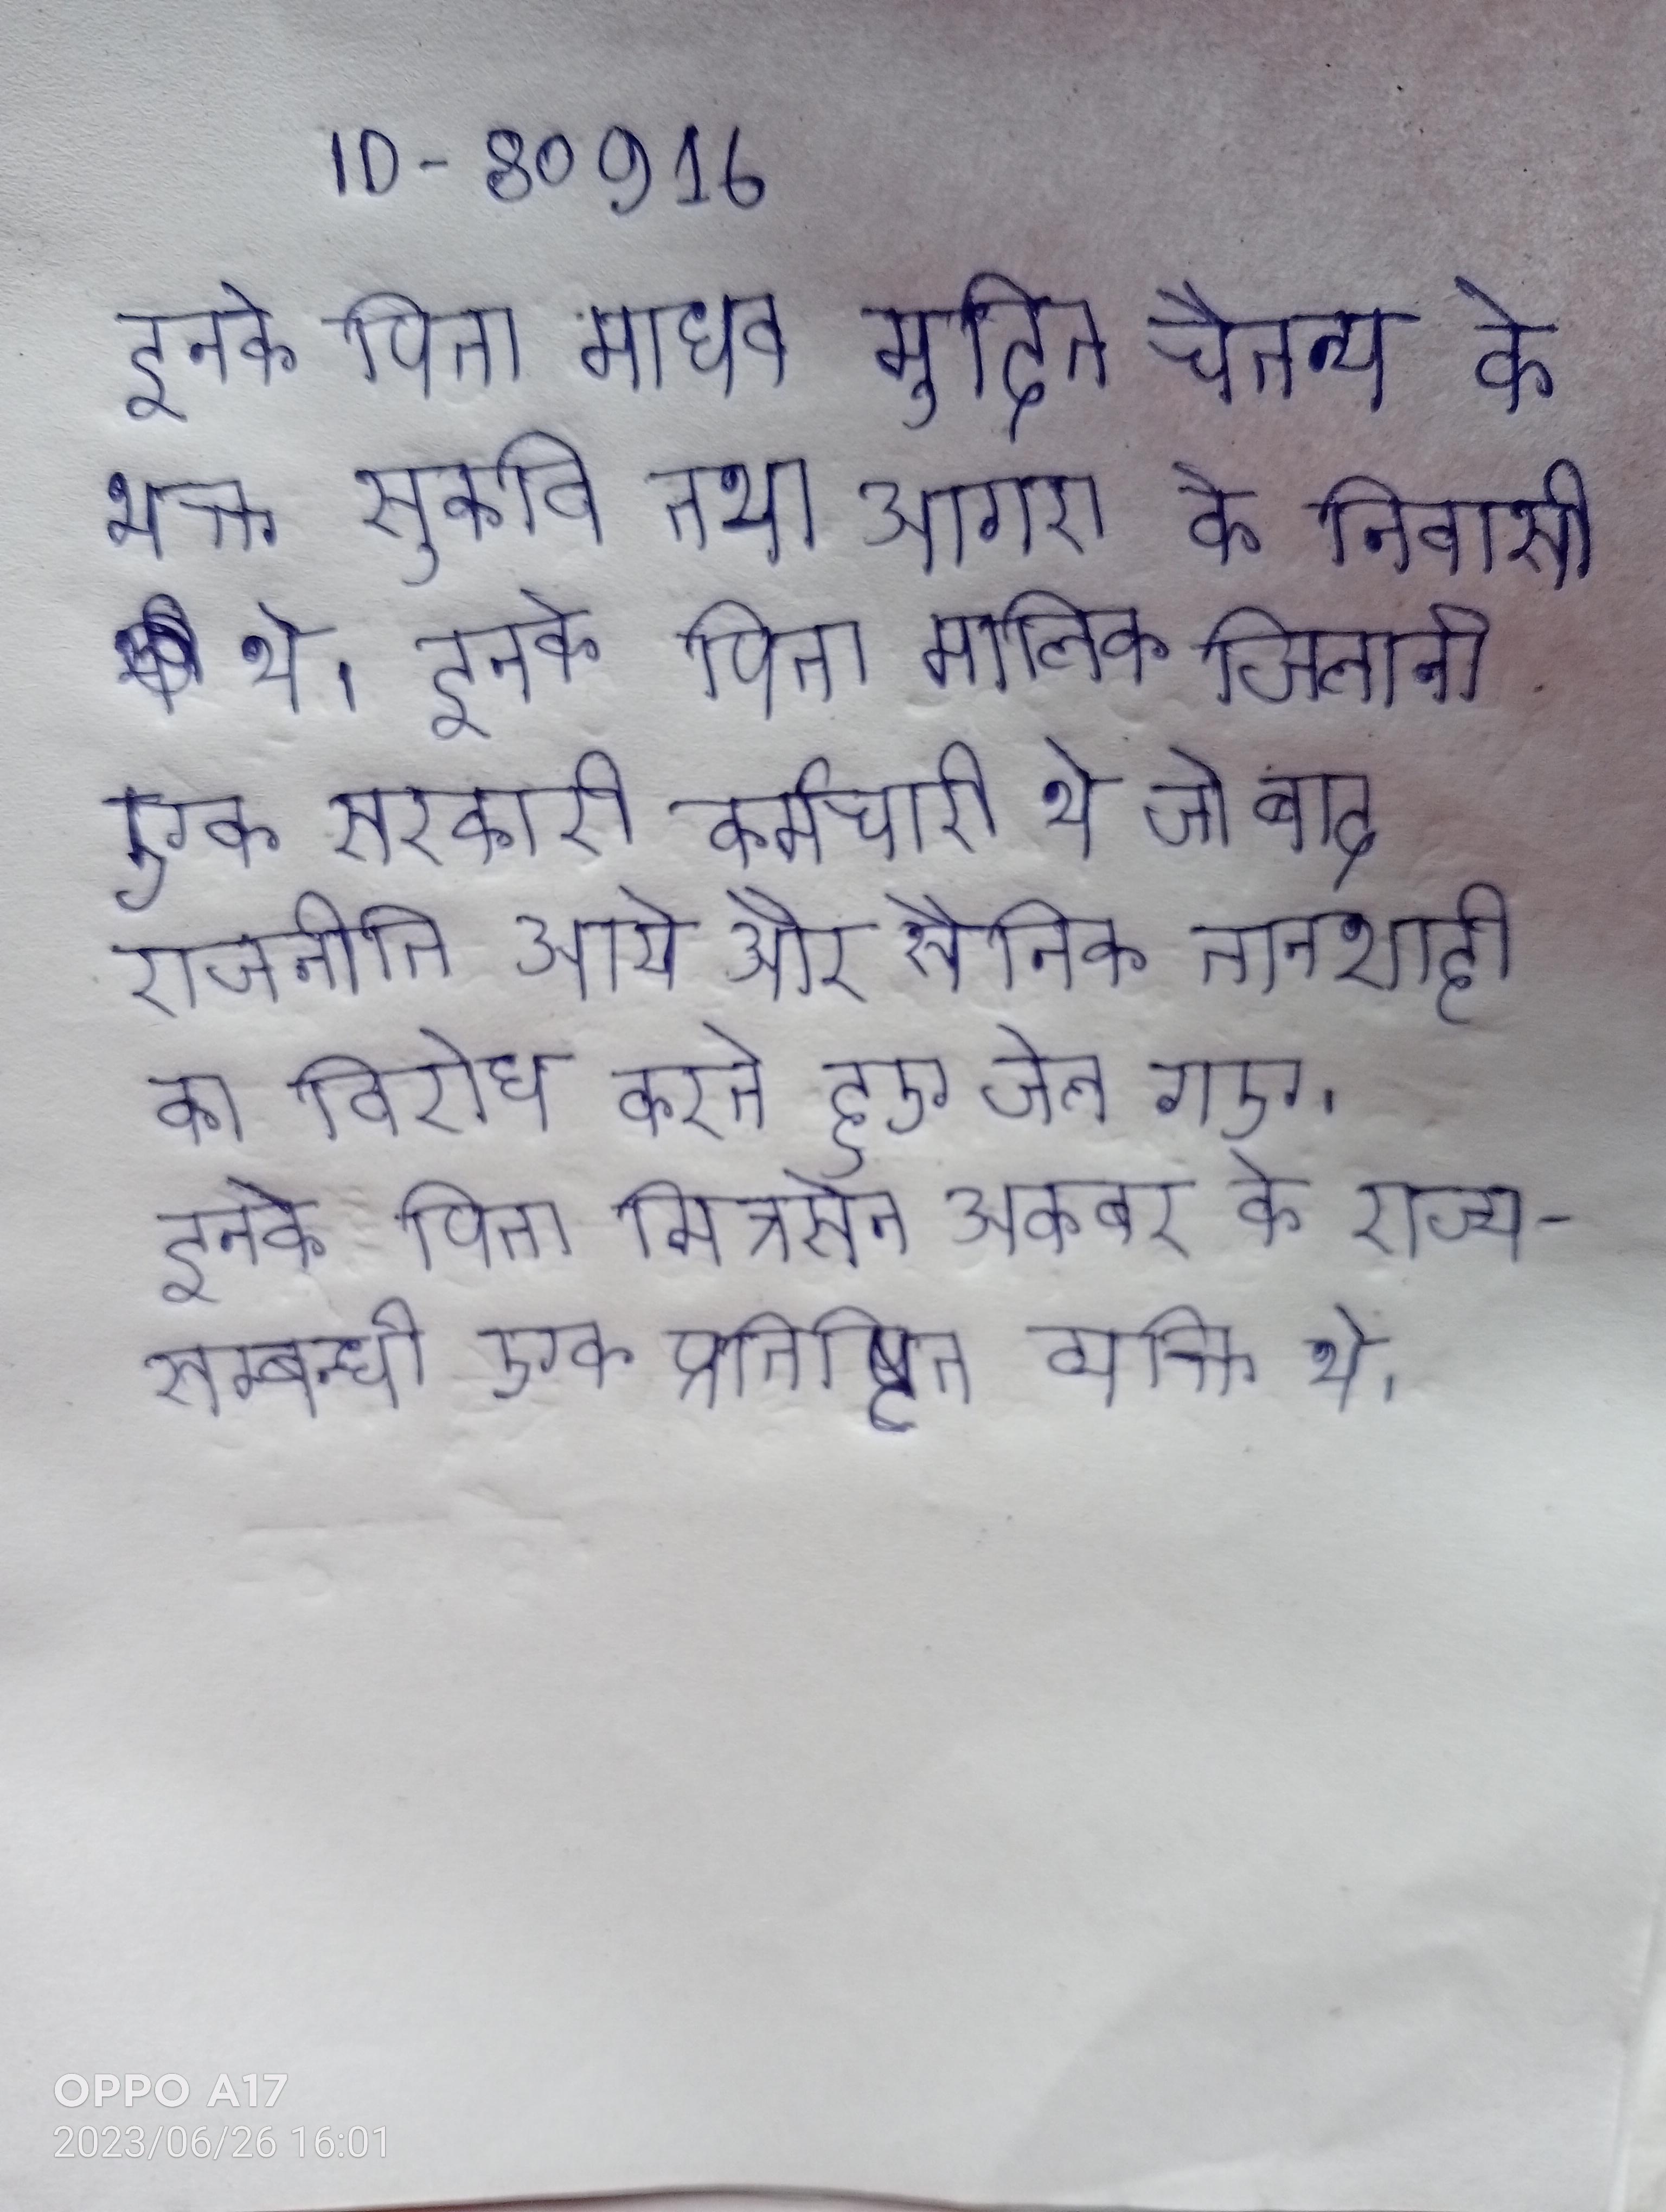
इनके पिता माधव मुदित चैतन्य के भक्त सुकवि तथा आगरा के निवासी थे । इनके पिता मालिक जिलानी एक सरकारी कर्मचारी थे जो बाद राजनीति आये और सैनिक तानाशाही का विरोध करते हुए जेल गए । इनके पिता मित्रसेन अकबर के राज्य-सम्बन्धी एक प्रतिष्ठित व्यक्ति थे ।